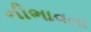
નીભાવતા